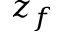
z _ { f }